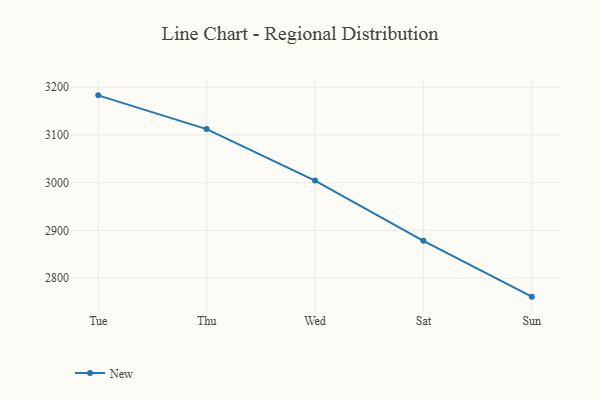
{"axis": {"x": "Day", "y": "Operating Costs (USD K)"}, "legend": ["New"], "data": [{"x": "Tue", "y": 3182.9, "type": "New"}, {"x": "Thu", "y": 3112.2, "type": "New"}, {"x": "Wed", "y": 3004.6, "type": "New"}, {"x": "Sat", "y": 2878.4, "type": "New"}, {"x": "Sun", "y": 2761.5, "type": "New"}]}